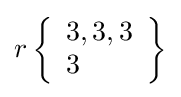
r\left\{{\begin{array}{l}3,3,3\\3\end{array}}\right\}